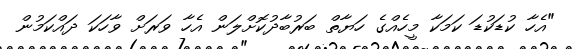
"އެހާ ކުޑަކުޑަ ކަމަކާ މީހެއްގެ ހަޔާތް ބަރުބާދުކޮށްލަން އެހާ ވަރަށް ވާހަކަ ދައްކަމުން